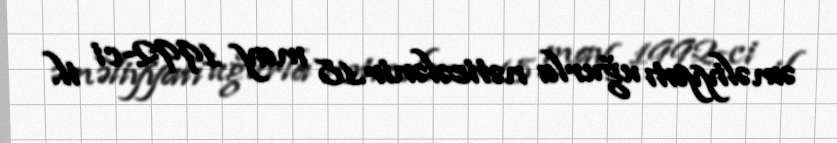
əməliyyatı uğurla nəticələnir.18 may 1992-ci il.